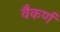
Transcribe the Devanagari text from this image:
वैकर्ण